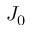
J _ { 0 }